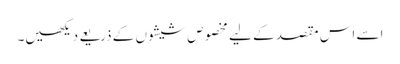
اسے اس مقصد کے لیے مخصوص شیشوں کے ذریعے دیکھیں۔